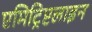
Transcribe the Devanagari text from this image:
एमिट्रिप्टलाइन